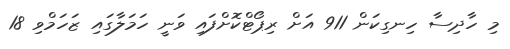
މި ހާދިސާ ހިނގިކަން 911 އަށް ރިޕޯޓްކޮށްފައި ވަނީ ހަމަލާގައި ޒަހަމްވި 18